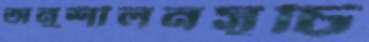
অনুশীলনসূচি